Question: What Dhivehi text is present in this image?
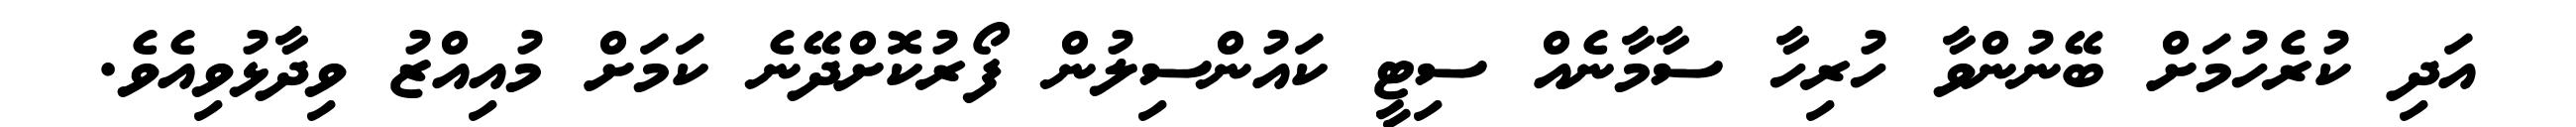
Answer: އަދި ކުރެހުމަށް ބޭނުންވާ ހުރިހާ ސާމާނެއް ސިޓީ ކައުންސިލުން ފޯރުކޮށްދޭނެ ކަމަށް މުއިއްޒު ވިދާޅުވިއެވެ.